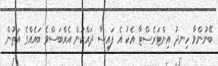
ބޭނުންވާ ހިނދު އިންޓަރެސްޓާ އެކު އެ ފައިސާ ދައްކަން އެއްބަސްވެ ބައެއްގެ އަތުން